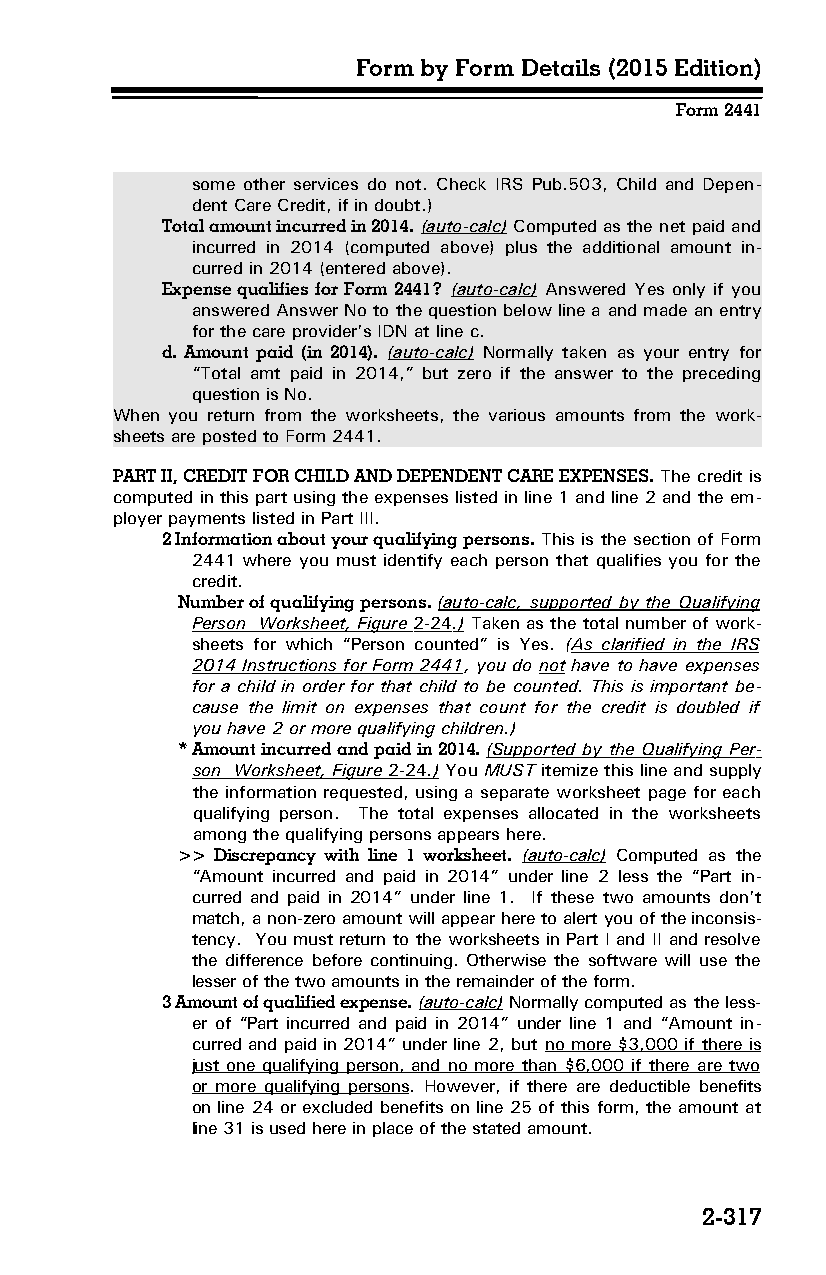
Form by Form Details (2015 Edition)
 Form 2441
 some other services do not. Check IRS Pub.503, Child and Depen­
 dent Care Credit, if in doubt.)
 Total amount incurred in 2014. (auto-calc) Computed as the net paid and
 incurred in 2014 (computed above) plus the additional amount in­
 curred in 2014 (entered above).
 Expense qualifies for Form 2441? (auto-calc) Answered Yes only if you
 answered Answer No to the question below line a and made an entry
 for the care provider’s IDN at line c.
 d. Amount paid (in 2014). (auto-calc) Normally taken as your entry for
 “Total amt paid in 2014,” but zero if the answer to the preceding
 question is No.
 When you return from the worksheets, the various amounts from the work­
 sheets are posted to Form 2441.
 PART II, CREDIT FOR CHILD AND DEPENDENT CARE EXPENSES. The credit is
 computed in this part using the expenses listed in line 1 and line 2 and the em­
 ployer payments listed in Part III.
 2 Information about your qualifying persons. This is the section of Form
 2441 where you must identify each person that qualifies you for the
 credit.
 Number of qualifying persons. (auto-calc, supported by the Qualifying
 Person Worksheet, Figure 2-24 .) Taken as the total number of work­
 sheets for which “Person counted” is Yes. (As clarified in the IRS
 2014 Instructions for Form 2441, you do not have to have expenses
 for a child in order for that child to be counted. This is important be­
 cause the limit on expenses that count for the credit is doubled if
 you have 2 or more qualifying children.)
 * Amount incurred and paid in 2014. (Supported by the Qualifying Per­
 son Worksheet, Figure 2-24 .) You MUST itemize this line and supply
 the information requested, using a separate worksheet page for each
 qualifying person. The total expenses allocated in the worksheets
 among the qualifying persons appears here.
 >> Discrepancy with line 1 worksheet. (auto-calc) Computed as the
 “Amount incurred and paid in 2014” under line 2 less the “Part in­
 curred and paid in 2014” under line 1. If these two amounts don’t
 match, a non-zero amount will appear here to alert you of the inconsis­
 tency. You must return to the worksheets in Part I and II and resolve
 the difference before continuing. Otherwise the software will use the
 lesser of the two amounts in the remainder of the form.
 3 Amount of qualified expense. (auto-calc) Normally computed as the less­
 er of “Part incurred and paid in 2014” under line 1 and “Amount in­
 curred and paid in 2014” under line 2, but no more $3,000 if there is
 just one qualifying person, and no more than $6,000 if there are two
 or more qualifying persons. However, if there are deductible benefits
 on line 24 or excluded benefits on line 25 of this form, the amount at
 line 31 is used here in place of the stated amount.
 2-317